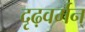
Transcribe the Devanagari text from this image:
दृढ़वर्मन्